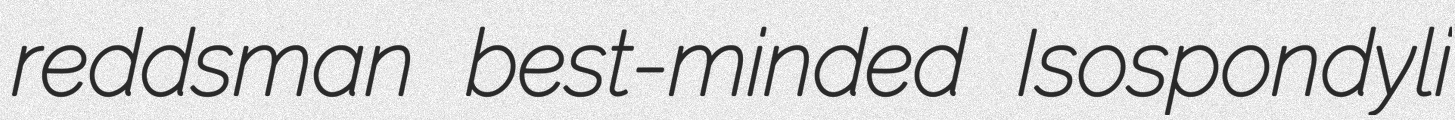
reddsman best-minded Isospondyli